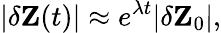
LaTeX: |\delta\mathbf{Z}(t)|\approx e^{\lambda t}|\delta\mathbf{Z}_{0}|,